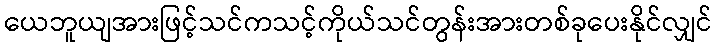
ယေဘူယျအားဖြင့်သင်ကသင့်ကိုယ်သင်တွန်းအားတစ်ခုပေးနိုင်လျှင်